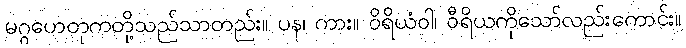
မဂ္ဂဟေတုကတို့သည်သာတည်း။ ပန၊ ကား။ ဝိရိယံဝါ၊ ဝီရိယကိုသော်လည်းကောင်း။